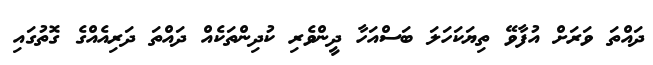
ދައްތަ ވަރަށް އުފާވޭ ތިޔަކަހަލަ ބަސްއަހާ ދީންވެރި ކުދިންތަކެއް ދައްތަ ދަރިއެއްގެ ގޮތުގައި